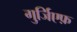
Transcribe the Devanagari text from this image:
गुर्जि़एफ़